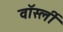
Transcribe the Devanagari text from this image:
वॉर्स्ली